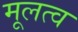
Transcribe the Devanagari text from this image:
मूलत्व